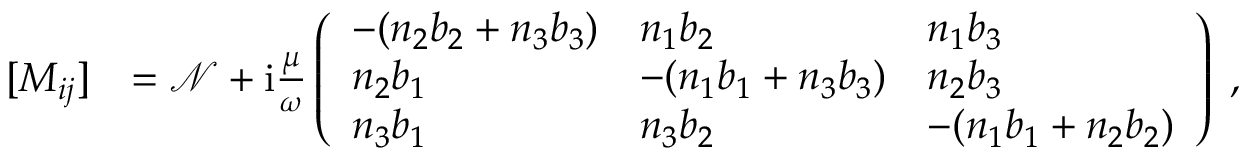
\begin{array} { r l } { [ M _ { i j } ] } & { = \mathcal { N } + \mathrm { i } \frac { \mu } { \omega } \left( \begin{array} { l l l } { - ( n _ { 2 } b _ { 2 } + n _ { 3 } b _ { 3 } ) } & { n _ { 1 } b _ { 2 } } & { n _ { 1 } b _ { 3 } } \\ { n _ { 2 } b _ { 1 } } & { - ( n _ { 1 } b _ { 1 } + n _ { 3 } b _ { 3 } ) } & { n _ { 2 } b _ { 3 } } \\ { n _ { 3 } b _ { 1 } } & { n _ { 3 } b _ { 2 } } & { - ( n _ { 1 } b _ { 1 } + n _ { 2 } b _ { 2 } ) } \end{array} \right) \; , } \end{array}